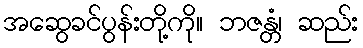
အဆွေခင်ပွန်းတို့ကို။ ဘဇန္တံ၊ ဆည်း